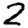
Digit: 2